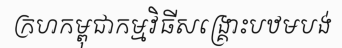
ក្រហកម្ពុជាកម្មវិធីសង្គ្រោះបឋមបង់